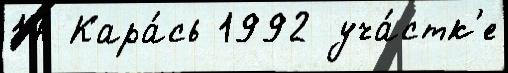
17 Кара́сь 1992 уча́стк'е